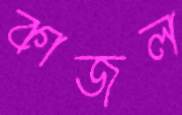
কাজল